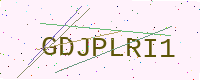
Text: GDJPLRI1